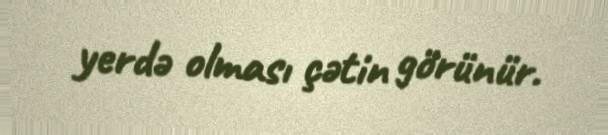
yerdə olması çətin görünür.